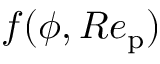
{ f } ( \phi , R e _ { \mathrm { p } } )